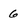
Character: 6